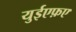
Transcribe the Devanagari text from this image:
युईएफ़ए